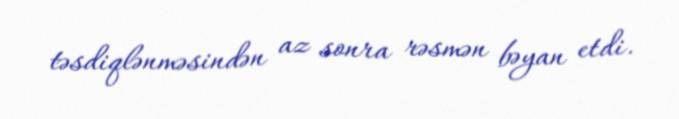
təsdiqlənməsindən az sonra rəsmən bəyan etdi.